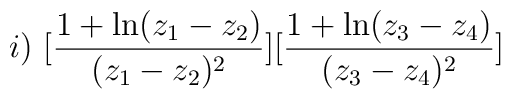
i) \, \, [\frac{1+\ln (z_{1}-z_{2})}{(z_{1}-z_{2})^{2}}][\frac{1+\ln (z_{3}-z_{4})}{(z_{3}-z_{4})^{2}}]